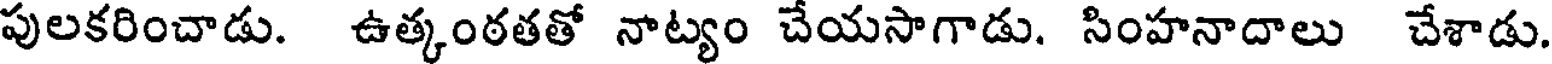
పులకరించాడు. ఉత్కంఠతతో నాట్యం చేయసాగాడు. సింహనాదాలు చేశాడు.